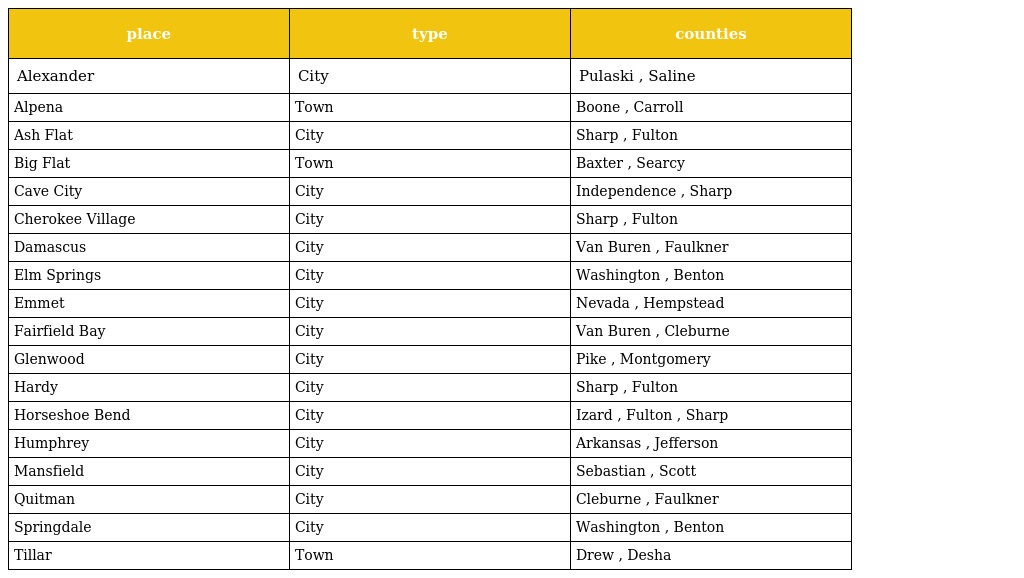
| place | type | counties |
 | --- | --- | --- |
 | Alexander | City | Pulaski , Saline |
 | Alpena | Town | Boone , Carroll |
 | Ash Flat | City | Sharp , Fulton |
 | Big Flat | Town | Baxter , Searcy |
 | Cave City | City | Independence , Sharp |
 | Cherokee Village | City | Sharp , Fulton |
 | Damascus | City | Van Buren , Faulkner |
 | Elm Springs | City | Washington , Benton |
 | Emmet | City | Nevada , Hempstead |
 | Fairfield Bay | City | Van Buren , Cleburne |
 | Glenwood | City | Pike , Montgomery |
 | Hardy | City | Sharp , Fulton |
 | Horseshoe Bend | City | Izard , Fulton , Sharp |
 | Humphrey | City | Arkansas , Jefferson |
 | Mansfield | City | Sebastian , Scott |
 | Quitman | City | Cleburne , Faulkner |
 | Springdale | City | Washington , Benton |
 | Tillar | Town | Drew , Desha |